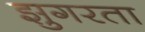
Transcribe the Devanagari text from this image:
झुगरता